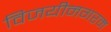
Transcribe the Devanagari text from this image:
विजयीनगरम